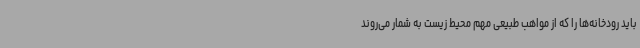
باید رودخانه‌ها را که از مواهب طبیعی مهم محیط زیست به شمار می‌روند